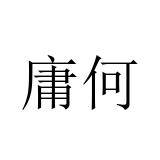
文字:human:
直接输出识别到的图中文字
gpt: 庸何